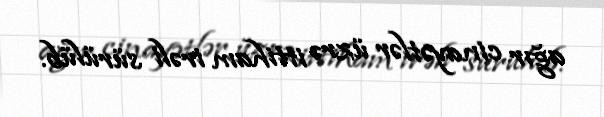
ağır cinayətlər üzrə ittiham irəli sürülüb.